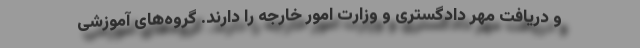
و دریافت مهر دادگستری و وزارت امور خارجه را دارند. گروه‌های آموزشی